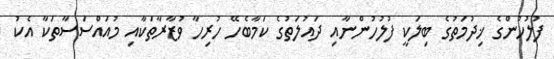
ފުލުހުންގެ ޚިދުމަތުގެ ބިލަކީ ފުލުހުންނާއި ދައުލަތުގެ ކަމާބެހޭ ހުރިހާ ވުޒާރާތަކާއި މުއައްސަސާތަކާ އެކު